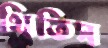
থিতিস